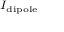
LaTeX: \scriptstyle I _ { \mathrm { d i p o l e } }